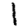
Digit: 1